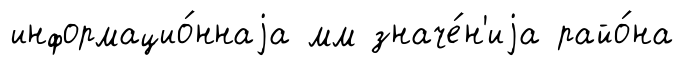
информацио́ннаjа мм значе́н'иjа райо́на